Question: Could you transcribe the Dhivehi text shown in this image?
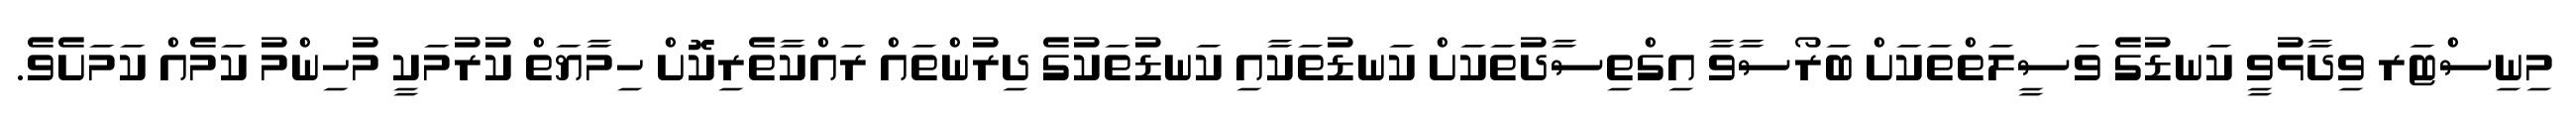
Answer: މިނިސްޓަރ ވިދާޅުވީ ކަނޑުގެ ވަސީލަތްތަކަށް ބަރޯސާވާ އިގްތިސާދުތަކަށް ކަނޑުތަކާއި ކަނޑުތަކުގެ ދިރުންތައް ރައްކާތެރިކޮށް ހިމާޔަތް ކުރުމަކީ މުހިންމު ކަމެއް ކަމަށެވެ.